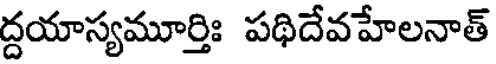
ద్దయాస్యమూర్తిః పథిదేవహేలనాత్